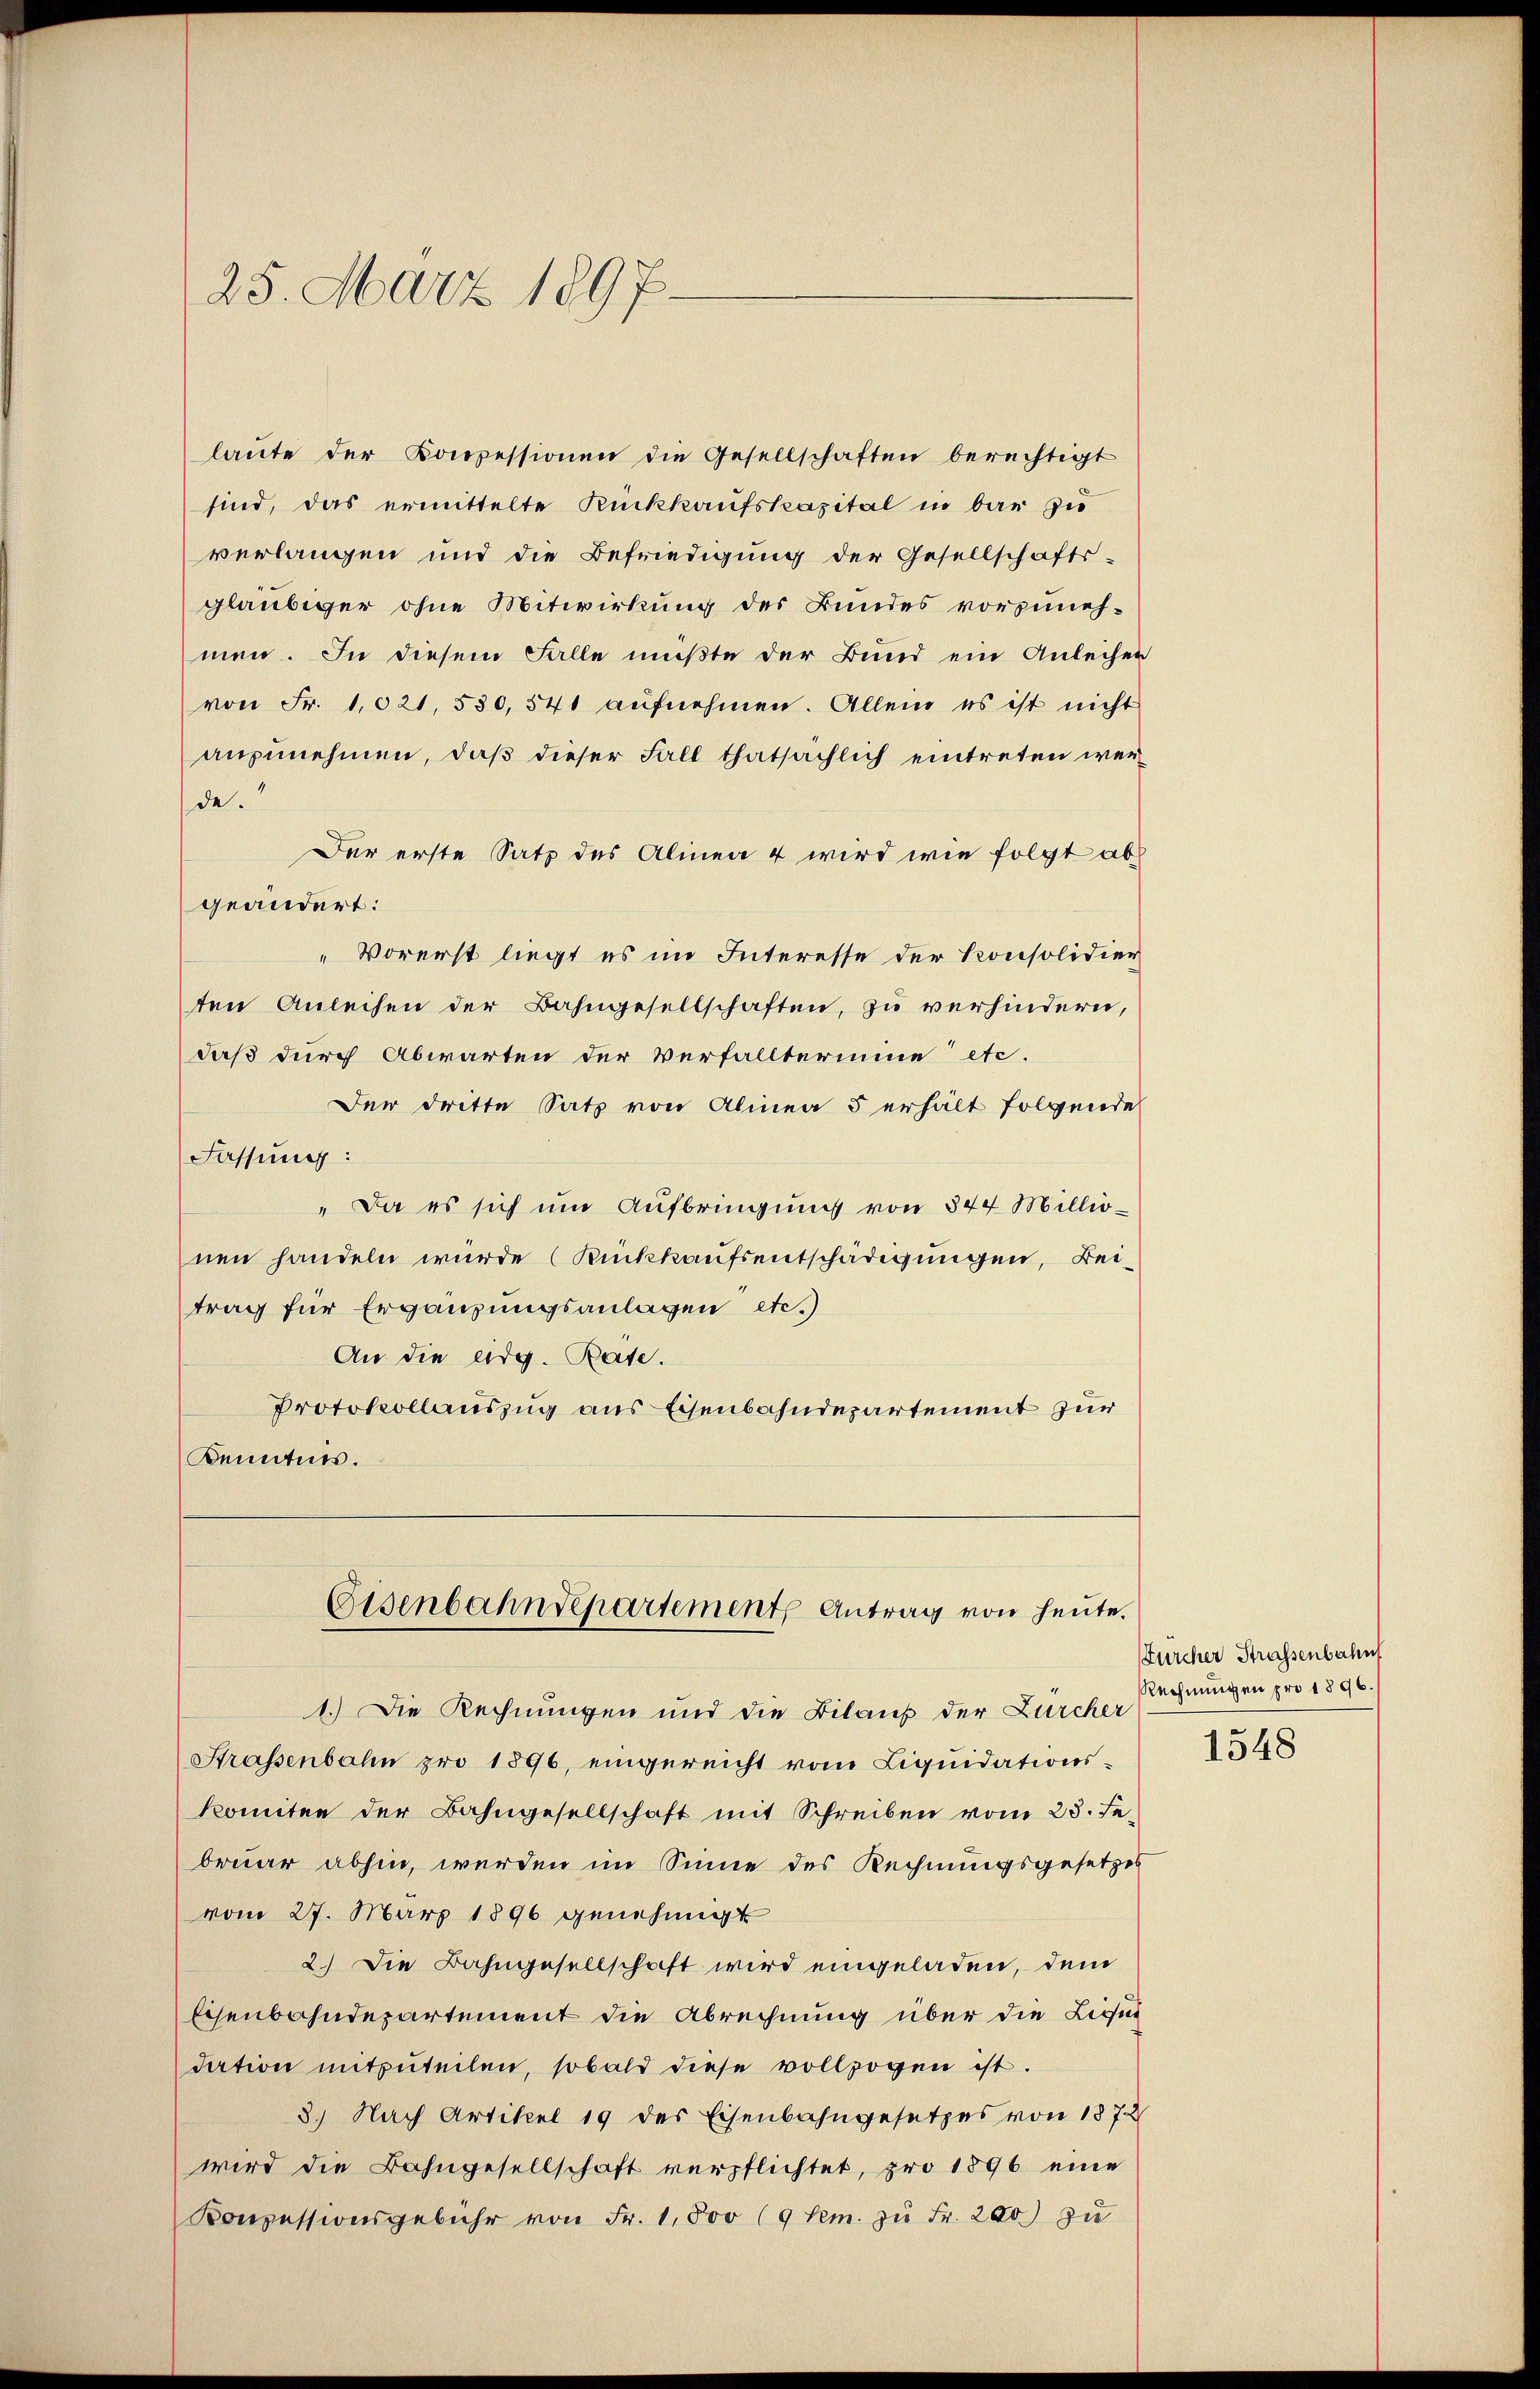
laŭte der Konzessionen die Gesellschaften berechtigt
sind, das ermittelte Rückkaufskapital in bar zu
verlangen und die Befriedigung der Gesellschafts-
gläubiger ohne Mitwirkung des Bundes vorzunehmen. In diesem Falle mußte der Bund ein Anleiher
von Fr. 1021. 530,541 aufnehmen. Allein es ist nicht
anzunehmen, daß dieser Fall thatsächlich eintreten werde.
Der erste Satz des Alinea 4 wird wie folgt abgeändert:
"Vorerst liegt es im Interesse der Konsolidier
ten Anleihen der Bahngesellschaften, zu verhindern,
daß durch Abwarten der Verfallterinne etc.
Der dritte Satz von Alinea 5 erhält folgende
Fassung:
" Da es sich um Aufbringung von 344 Millionen handeln wurde (Rückkaufsentschädigungen, Beitrag für Ergänzungsanlagen etc.)
An die arg. Rate.
Protokollauszug aus Eisenbahndepartement zur
Kenntnis.

25. März 1897.

Eisenbahndepartement Antrag von heute.

1.) Die Rechnungen und die Bilaus der Zürcher
Strassenbahn pro 1896, eingereicht vom Liquidationskomitee der Bahngesellschaft mit Schreiben vom 23. Februar abhin, werden im Sinne des Rechnungsgesetzes
vom 27. März 1896 genehmigt
2.) Die Bahngesellschaft wird eingeladen, dem
Eisenbahndepartement die Abrechnung über die Liqui
dation mitzŭteilen, sobald diese vollzogen ist.
3.) Nach Artikel 19 des Eisenbahngesetzes von 187
wird die Bahngesellschaft verpflichtet, pro 1896 eine
Konzessionsgebühr von Fr. 1,500 (9 lem. zŭ Fr. 200 zu

Fürcher Strassenbahnf
Rechnungen pro 1896.

1548